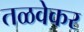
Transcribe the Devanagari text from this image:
तळवेकर